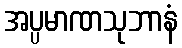
အပ္ပမာဏသုဘာနံ